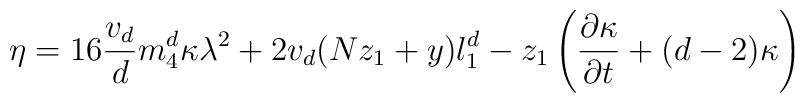
\eta=16\frac{v_d}{d}m_4^d\kappa\lambda^2+2v_d(Nz_1+y)l_1^d-z_1\left(\frac{\partial{\kappa}}{\partial{t}}+(d-2)\kappa\right)